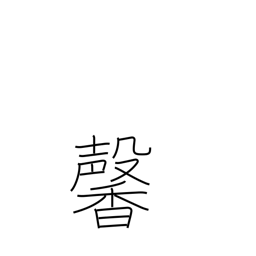
Meaning: fragrant